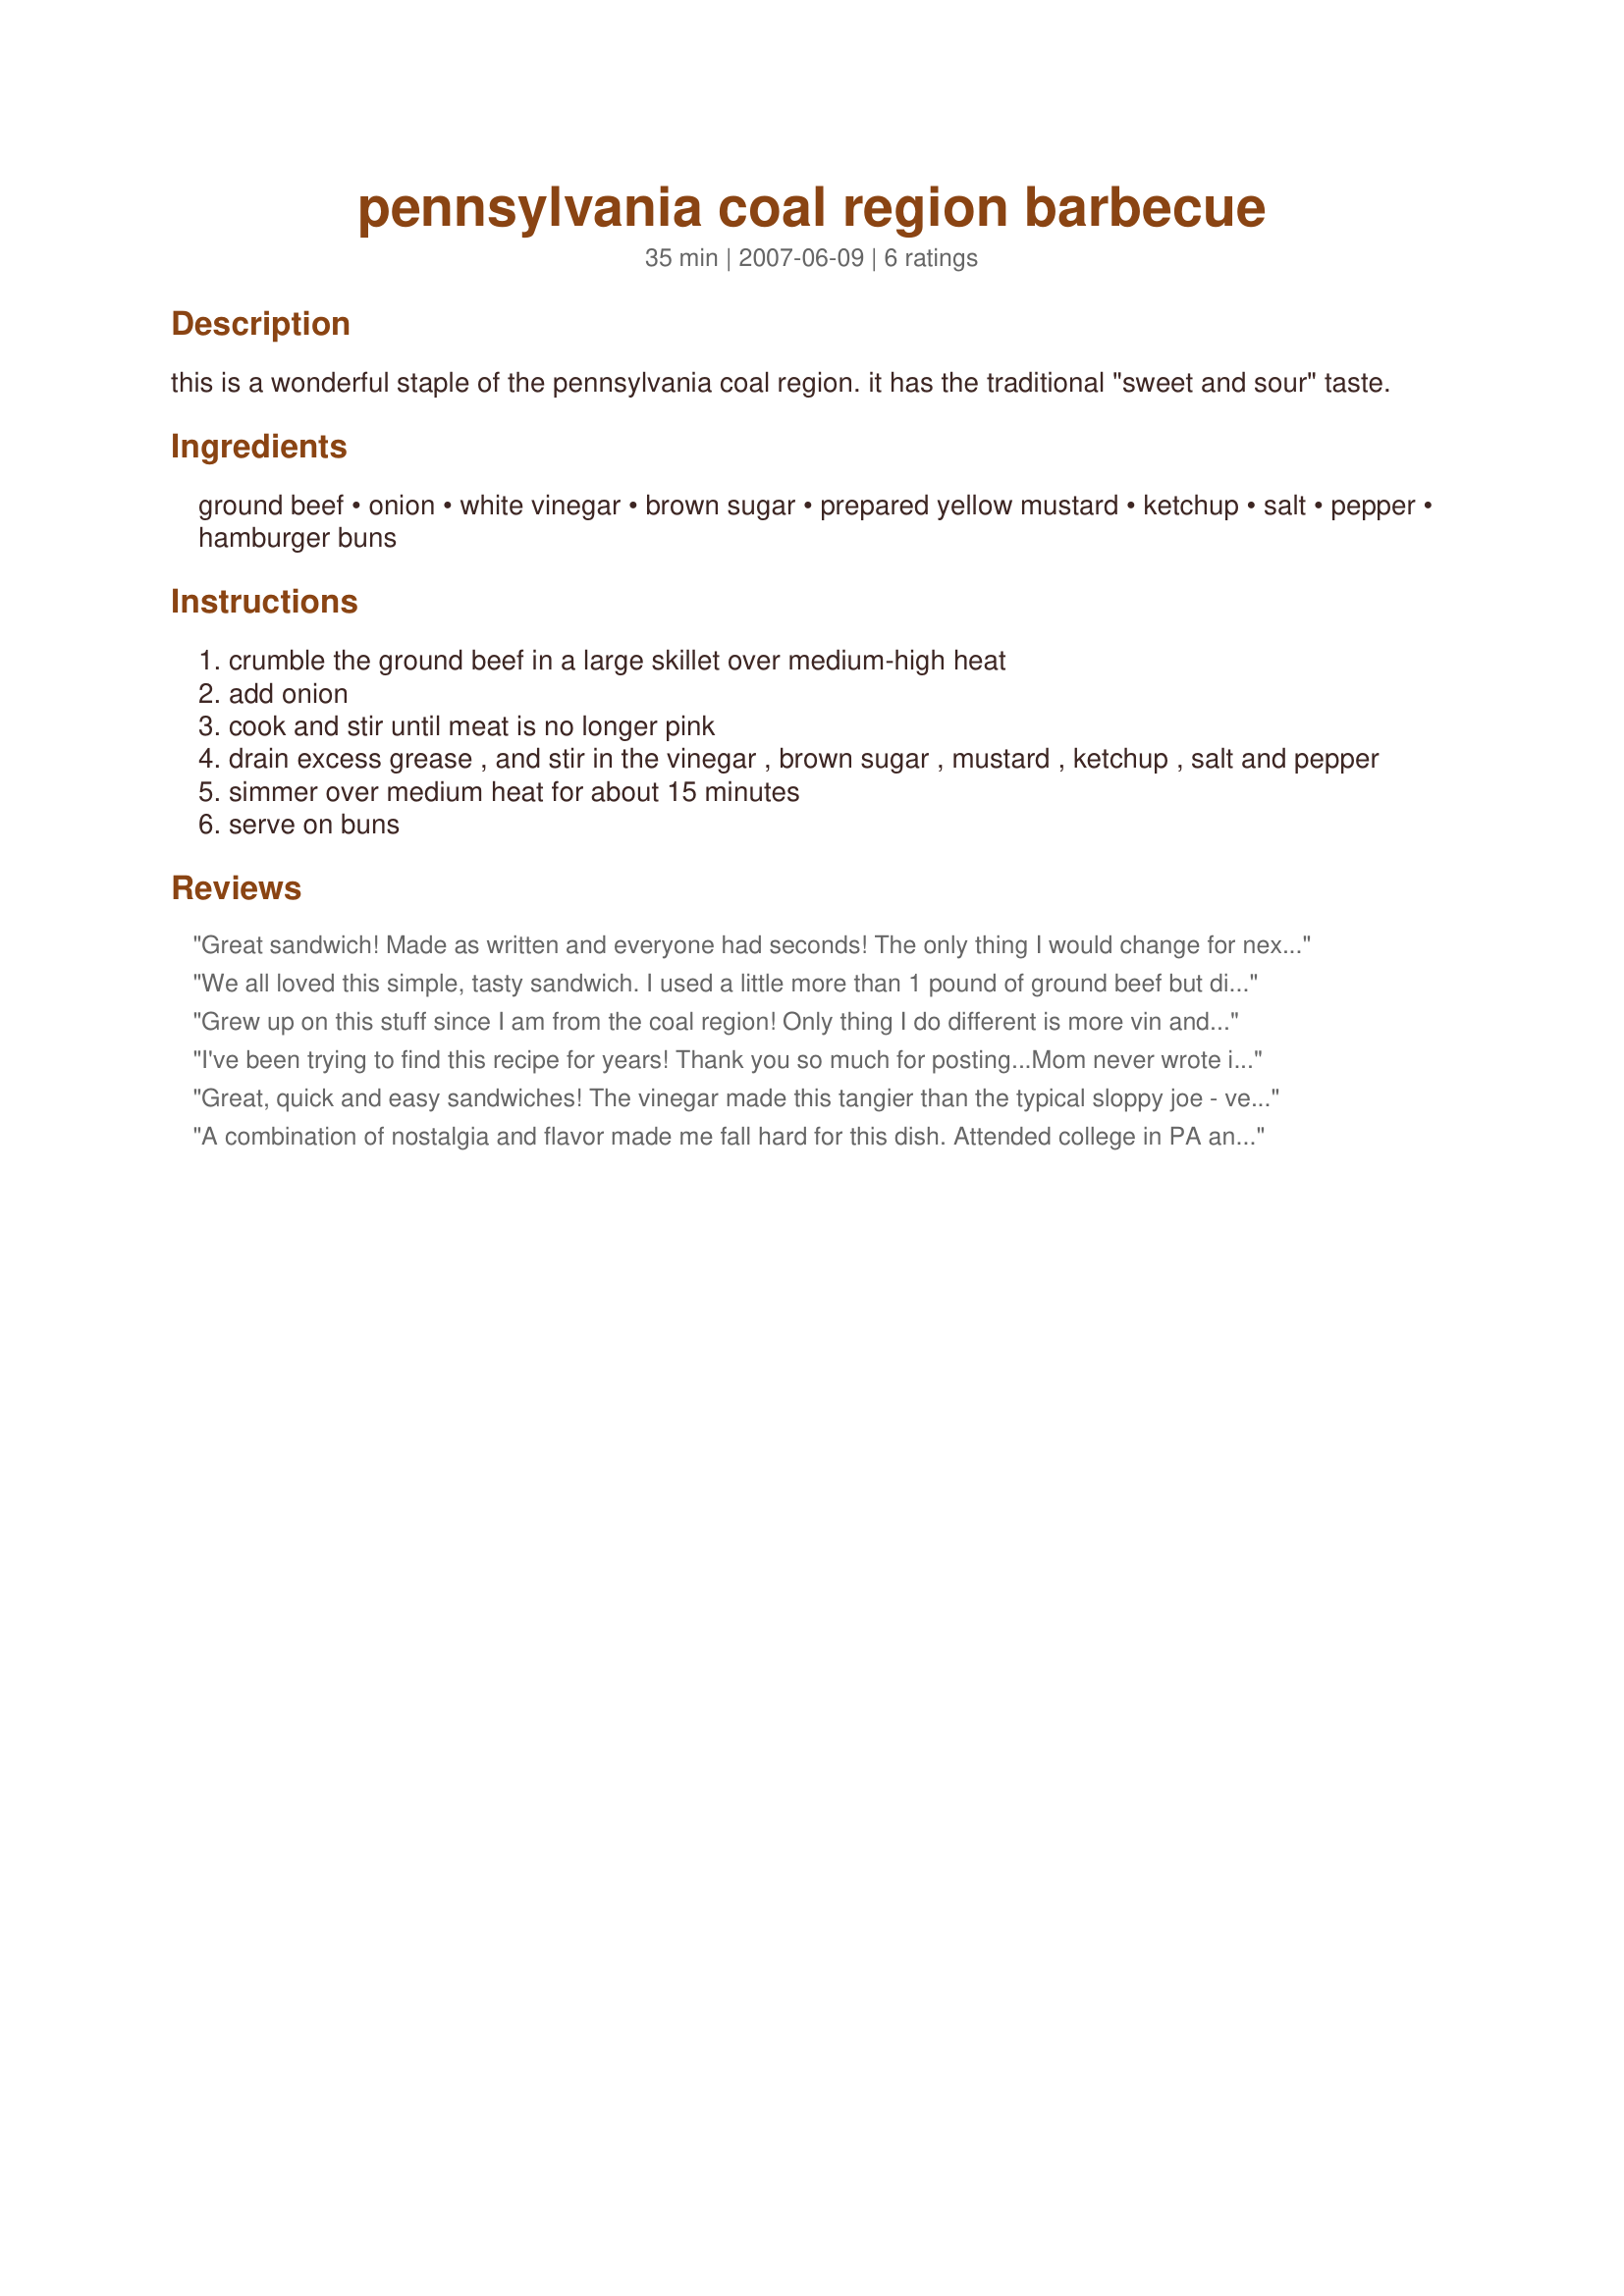
pennsylvania coal region barbecue
Preparation time: 35 minutes

this is a wonderful staple of the pennsylvania coal region. it has the traditional "sweet and sour" taste.

Ingredients:
ground beef, onion, white vinegar, brown sugar, prepared yellow mustard, ketchup, salt, pepper, hamburger buns

Steps:
crumble the ground beef in a large skillet over medium-high heat
add onion
cook and stir until meat is no longer pink
drain excess grease , and stir in the vinegar , brown sugar , mustard , ketchup , salt and pepper
simmer over medium heat for about 15 minutes
serve on buns

Reviews:
Great sandwich! Made as written and everyone had seconds! The only thing I would change for next time is to decrease the mustard a little; with the tang of the vinegar 1 1/2 tsp mustard was a little too tangy for us. Made for Lets P-A-R-T-Y Tag.
We all loved this simple, tasty sandwich. I used a little more than 1 pound of ground beef but didn't change anything else. This gave me 8 sandwiches so we each got two and everyone loved it. My 8 year old ate half of her's b4 I even got to sit down; which is saying something because she is a difficult eater. I served these on potato buns since I read on another site to do so. I'll use thoes again for this type of sandwich. Chips and pickles on the side made this a simple, yummy, and kid friendly meal. DH loved it too. I'll be making this again. Thanks!
Grew up on this stuff since I am from the coal region! Only thing I do different is more vin and mustard, we like it tangy!
I've been trying to find this recipe for years! Thank you so much for posting...Mom never wrote it down. The only change I made was to use spicy brown mustard instead of yellow. I love it and so does DH. Excellent!
Great, quick and easy sandwiches! The vinegar made this tangier than the typical sloppy joe - very tasty. This is a super quick weeknight meal - thanks for sharing the recipe!
A combination of nostalgia and flavor made me fall hard for this dish. Attended college in PA and have many memories of late night sessions noshing on grinders like this. Who knew it was such an easy combination? A little older and more health conscious, I made this using lean ground turkey. Since it is a little sweeter than beef I cut the sugar (in my case Splenda) in half and it was perfect. You could build something more complex and sophisticated, but the simple flavors here and great (and kid friendly). Thanks!
